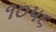
૧૦૫૬